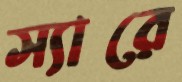
স্যারে